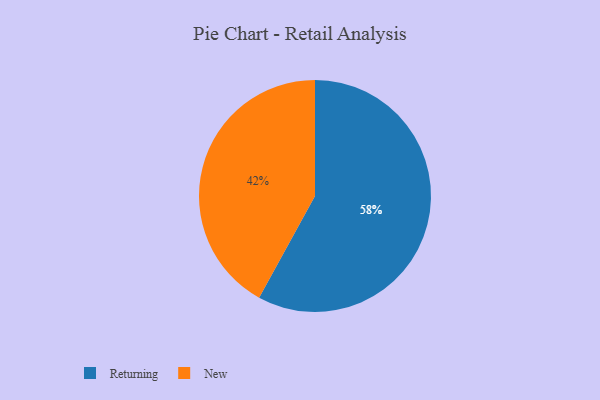
{"axis": {"x": "Category", "y": "Percentage"}, "legend": ["New", "Returning"], "data": [{"x": "New", "y": 42, "type": "New"}, {"x": "Returning", "y": 58, "type": "Returning"}]}